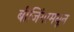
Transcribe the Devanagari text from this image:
बीजिंगामधून